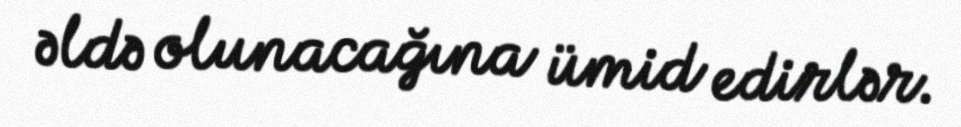
əldə olunacağına ümid edirlər.